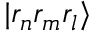
\vert r _ { n } r _ { m } r _ { l } \rangle